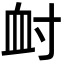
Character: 𡬪